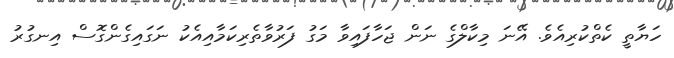
ހަޔާތީ ކެތްކުރިއެވެ. އޭނަ މިކާލްގެ ނަން ޖަހާފައިވާ މަގު ފަރުވާތެރިކަމާއިއެކު ނަގައިގެންގޮސް އިނގުރު